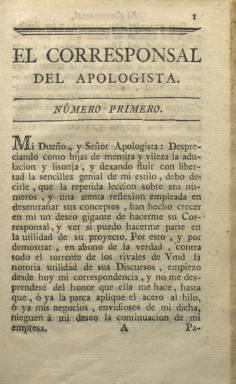
Título: El Corresponsal del Apologista
Colección: Periódicos anteriores a 1850
Ámbito geográfico: Madrid
Lugar de publicación: Madrid
Fechas: 01/01/1786-31/12/1786

Primera y única entrega conocida y dedicada a defender contra todos sus rivales la labor de El Apologista universal (1786-1788), la “obra periódica” ilustrada de fuerte sátira social del agustino Pedro Centeno (1730-1803). Es considerado “vástago” de este y “evoca” también el título de El Corresponsal del Censor (1786-1788) respecto al mismo El Censor (1781-1787), periódicos madrileños ilustrados todos ellos del último tercio del XVIII que también forman parte de la colección de la Biblioteca Nacional de España. En el caso de El Corresponsal del Apologista, su único cuaderno, en 8º –que estuvo conservador al final de la colección de El Apologista…– es de 19 páginas numeradas, compuestas a una columna, con el texto de su “discurso”, estilo este utilizado en este tipo de abundantes papeles periódicos de la época. Carece de data y de pie de imprenta, desconociéndose cuál fue su autor.

Aunque se le atribuye 1786 como año de aparición, muy bien pudiera corresponder su salida al siguiente, pues así está anunciada su venta en las librerías madrileñas de Arribas y Martínez en la Gaceta de Madrid, del 14 de agosto de 1787, y en el Memoria literario (1784-1791). En este se indica: “Como no ha faltado dentro de la Corte quien haya intentado ridiculizar como papel inútil al Apologista universal, uno de los periódicos que se publican en ella; tampoco ha faltado un Corresponsal suyo, que constituyéndose su defensor y panegirista, procure hacer ver su utilidad, y que el fin a que se dirigen sus apologías, por ser honesto y laudable, no solo merece el aplauso del público, sino que los medios de que se vale son los más propios para conseguir su fin” (p. 466).

Ya Sempere y Guarinos (1787) señaló de El Apologista… que su objeto era “ridiculizar algunas obras muy malas, costumbres y opiniones extravagantes, particularmente en materia de literatura”. Los discursos irónicos y la defensa y uso de la sátira como procedimiento ideal para desterrar abusos, combatir vicios, errores y males sociales, fue el estilo y método usados tanto por El Apologista… y su Corresponsal, como por El Censor y el suyo, y tantos otros títulos del periodismo ilustrado, como medio superior y más eficaz a la “acre censura y el discurso elocuente”. Es más, el anónimo autor de este Corresponsal del Apologista asegurará que la sátira es “un medio eficaz para transmitir nuevas ideas al público y, de este modo, beneficiarlo”, recalcando así su función educativa y reformadora, tal como recogen Francisco Uzcanga Meinecke (2001 y 2008), Óscar Barrero Pérez (1990) o Inmaculada Urzainqui Miqueleiz (1983 y 1985) en sus estudios sobre este periodismo ilustrado.

En el caso de El Corresponsal del Apologista, en su discurso, además de mostrar su admiración por El Apologista universal y defenderlo de las críticas levantadas contra el mismo, se retrotraerá a las propias sátiras clásicas de Eupolis, Aristóteles, Alejandro o Sócrates contra los sofistas, o a las de Catón, para acabar repasando las de los autores del siglo de oro español y del mismo Quijote, como ejemplos de “ingeniosa sátira” para combatir vicios y errores, pues tal fue la función adoptada ya por el periodismo ilustrado.